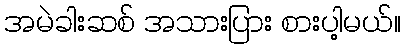
အမဲခါးဆစ် အသားပြား စားပါ့မယ်။